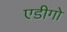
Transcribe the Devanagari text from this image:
एडीगो